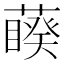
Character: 藈